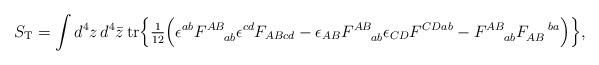
LaTeX: \begin{align*}S_{\rm T} = \int d^4z\, d^4\bar{z}\, {\rm tr} \Bigr\{\hbox{$\frac{1}{12}$} \Bigr(\epsilon^{ab} F^{AB}_{\!~~~~ab} \epsilon^{cd} F_{AB cd} -\epsilon_{AB} F^{AB}_{\!~~~~ab} \epsilon_{CD} F^{CD ab} -F^{AB}_{\!~~~~ab} F_{AB}^{\!~~~~ba} \Bigr) \Bigr\},\end{align*}